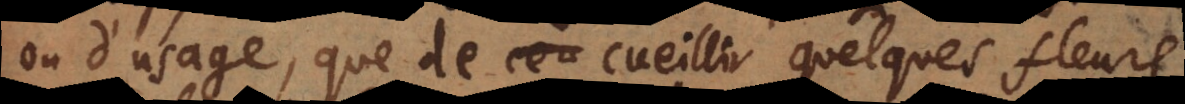
ou d’usage, que de cueillir quelques fleurs